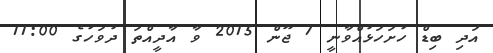
އަދި ބިޑް ހުށަހަޅުއްވާނީ 7 ޖޫން 2015 ވާ އާދީއްތަ ދުވަހުގެ 11:00